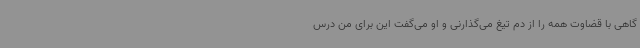
گاهی با قضاوت همه را از دم تیغ می‌گذارنی و او می‌گفت این برای من درس